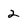
Character: 2